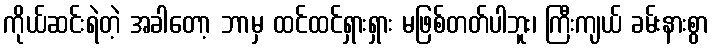
ကိုယ်ဆင်းရဲတဲ့ အခါတော့ ဘာမှ ထင်ထင်ရှားရှား မဖြစ်တတ်ပါဘူး၊ ကြီးကျယ် ခမ်းနားစွာ